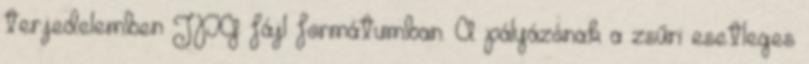
terjedelemben JPG fájl formátumban. A pályázónak a zsűri esetleges